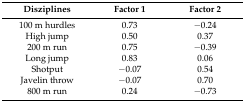
<table><thead><tr><td><b>Disziplines</b></td><td><b>Factor 1</b></td><td><b>Factor 2</b></td></tr></thead><tbody><tr><td>100 m hurdles</td><td>0.73</td><td>−0.24</td></tr><tr><td>High jump</td><td>0.50</td><td>0.37</td></tr><tr><td>200 m run</td><td>0.75</td><td>−0.39</td></tr><tr><td>Long jump</td><td>0.83</td><td>0.06</td></tr><tr><td>Shotput</td><td>−0.07</td><td>0.54</td></tr><tr><td>Javelin throw</td><td>−0.07</td><td>0.70</td></tr><tr><td>800 m run</td><td>0.24</td><td>−0.73</td></tr></tbody></table>